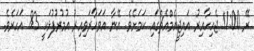
ރޭ 11:00 ޖެހިހާއިރު އައިޖީއެމްއެޗްގައި ކަމަށެވެ. އޭނާ އަވަހާރަވިއިރު އުމުރުފުޅަކީ 83 އަހަރެވެ.